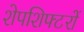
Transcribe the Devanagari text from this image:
शेपशिफ्टरों